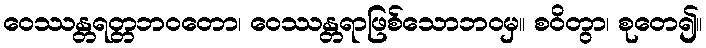
ဝေဿန္တရတ္တဘဝတော၊ ဝေဿန္တရာဖြစ်သောဘဝမှ။ စဝိတွာ၊ စုတေ၍။